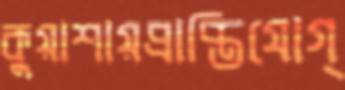
কুয়াশায়প্রাপ্তিযোগ্